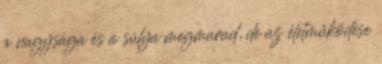
a nagysága és a súlya megmarad, de az életműködése